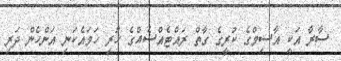
ސާރާ އަކީ އާސިމްގެ ކުރީގެ ގާތް ރައްޓެއްސެއްގެ ހުރި ހަމައެކަނި އަންހެން ދަރި